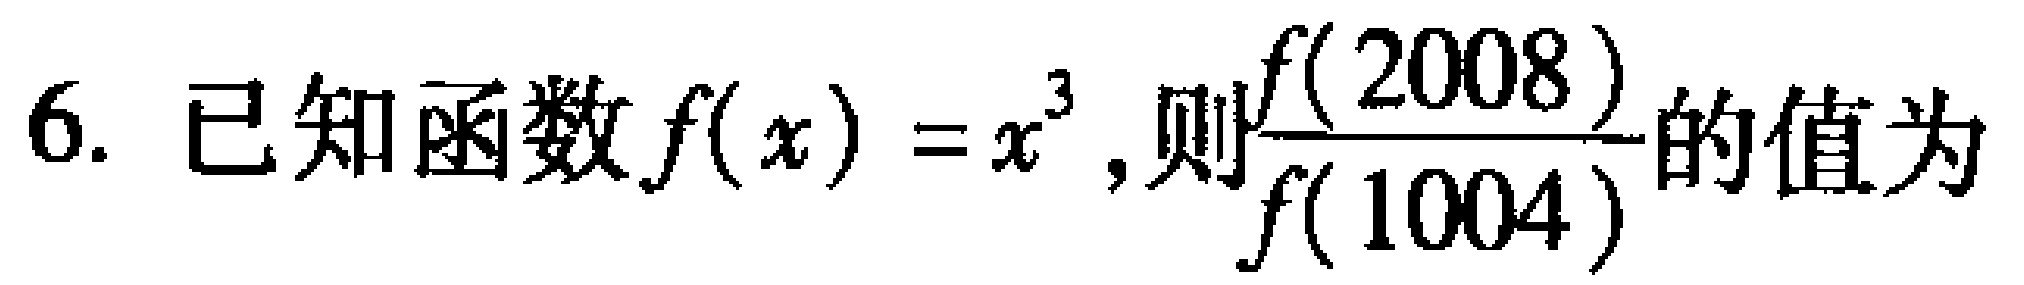
6. 已知函数$f(x)=x^{3}$, 则$\frac{f(2008)}{f(1004)}$的值为